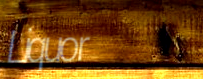
Liquor